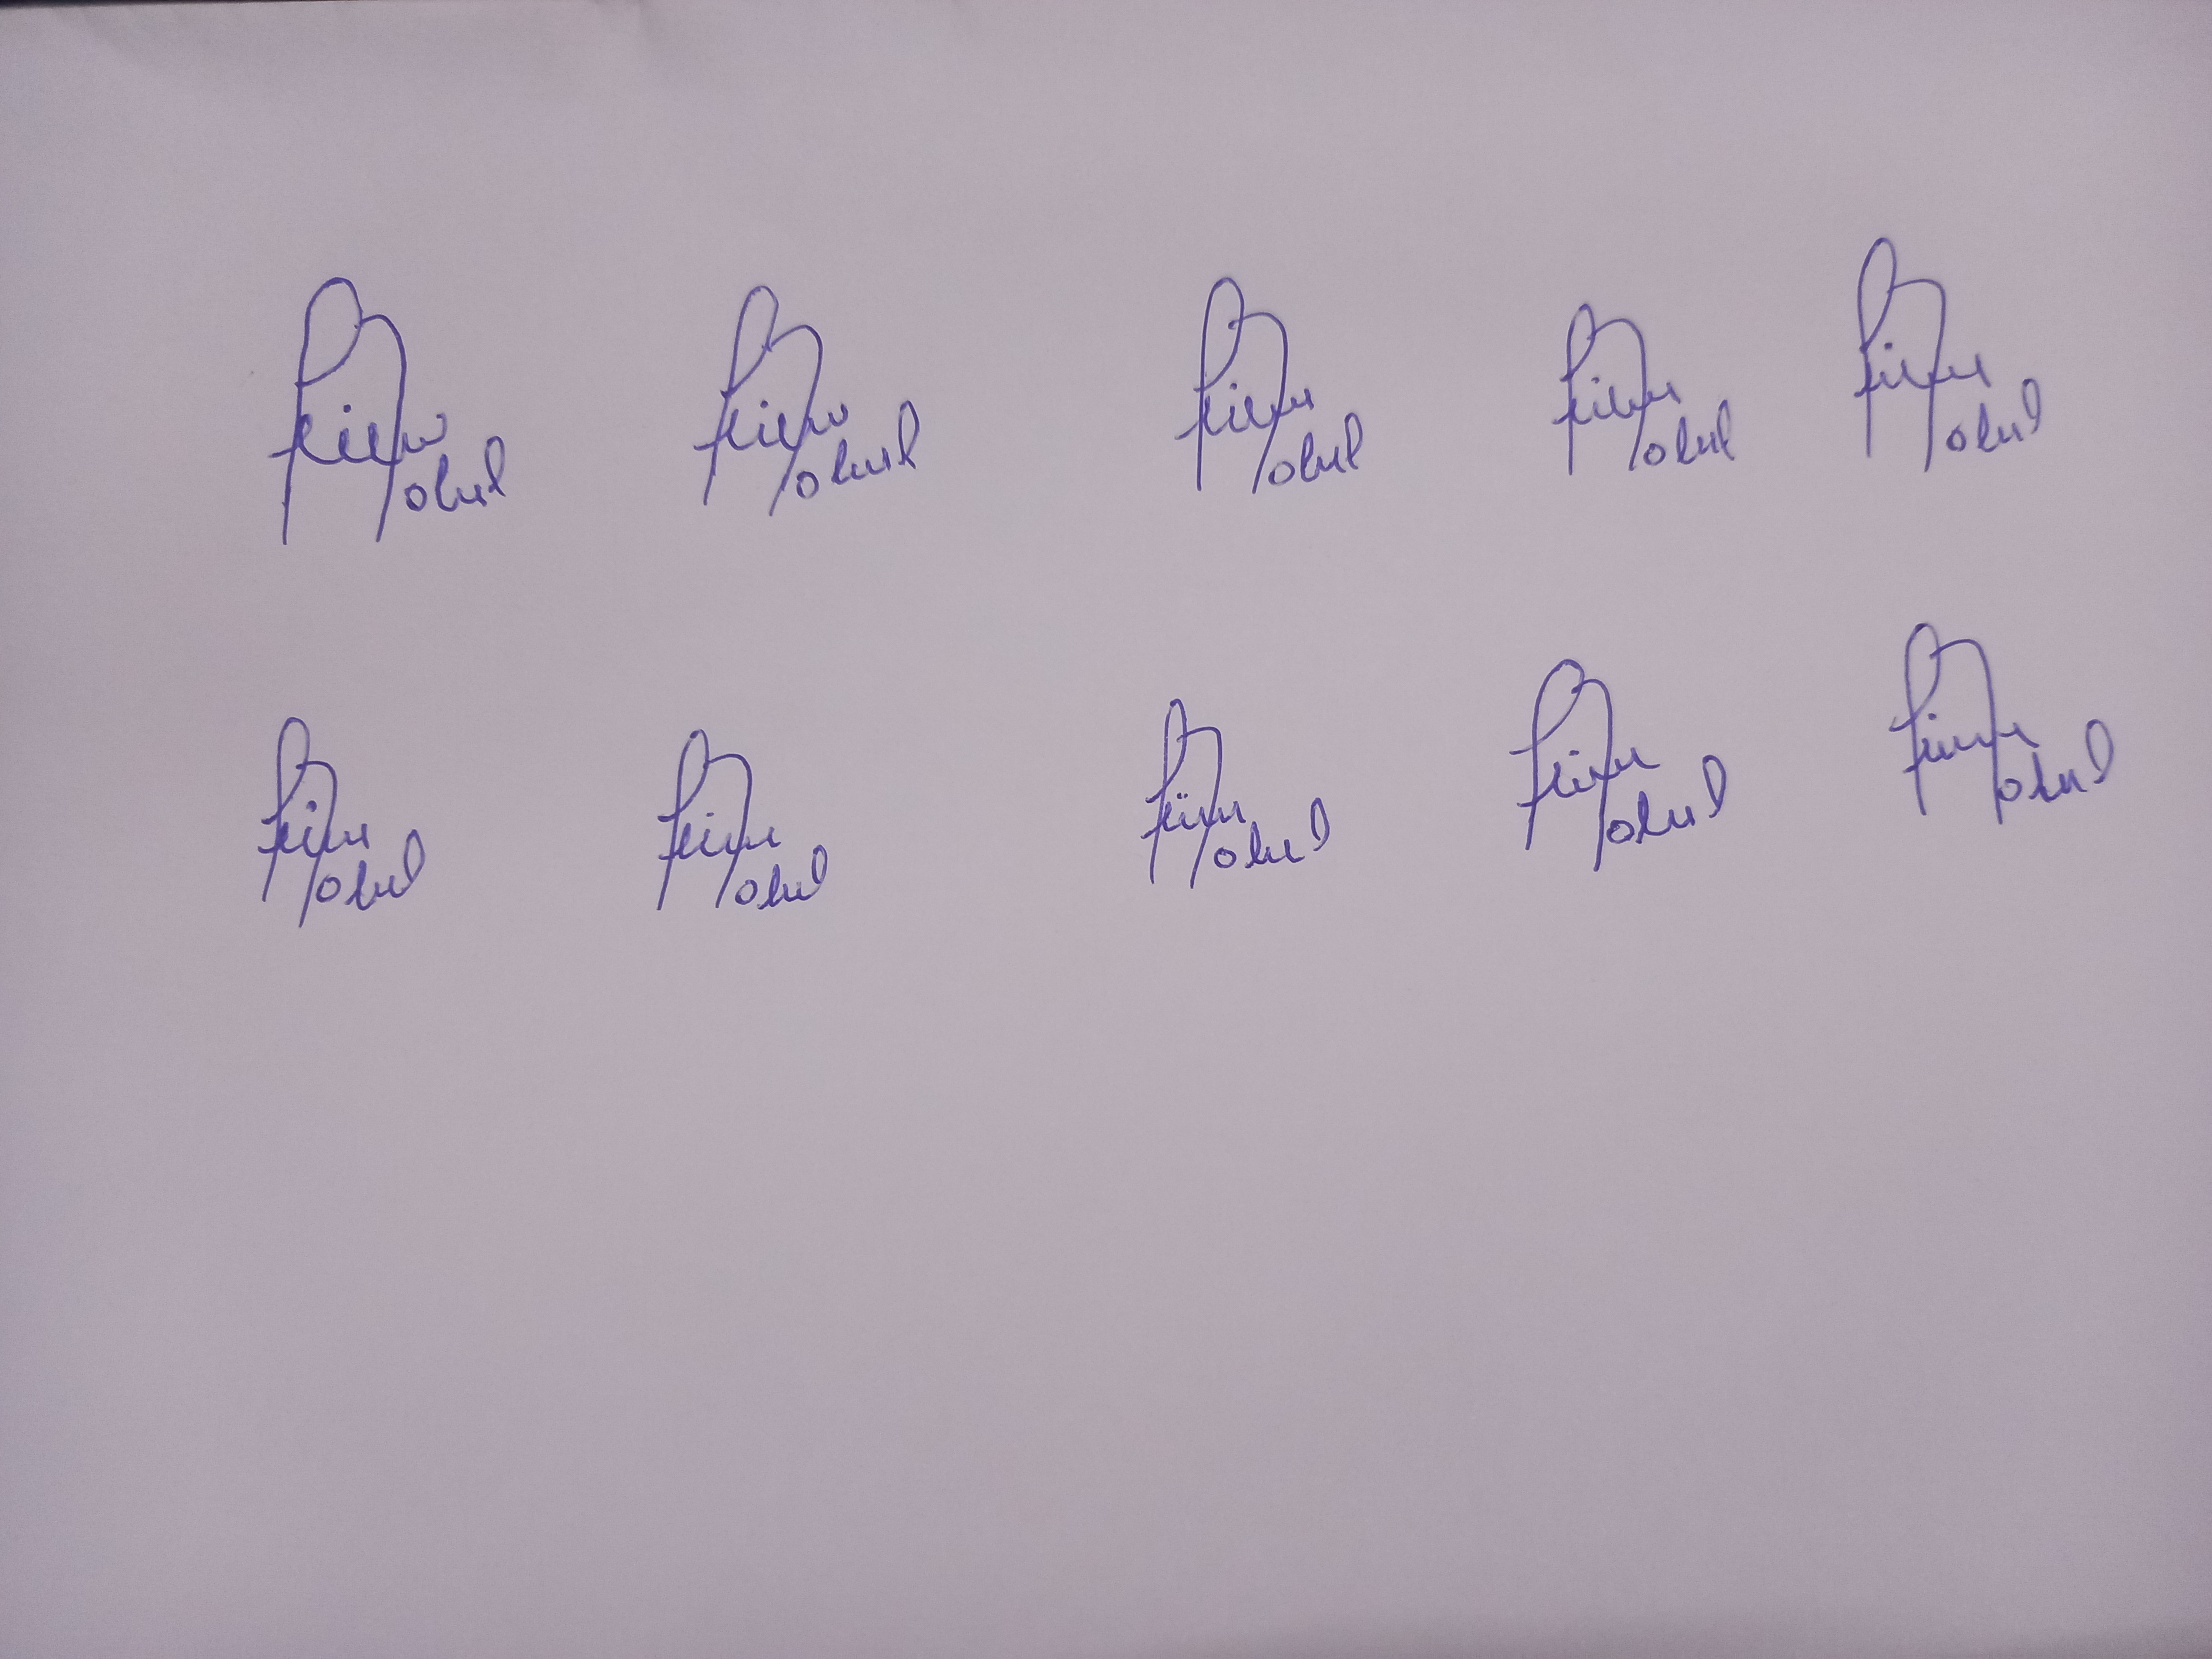
Signature authenticity: forged